Annual report on the Civil Veterinary Department, Burma (including the Insein Veterinary School) - 1910-1922
Year: 1910
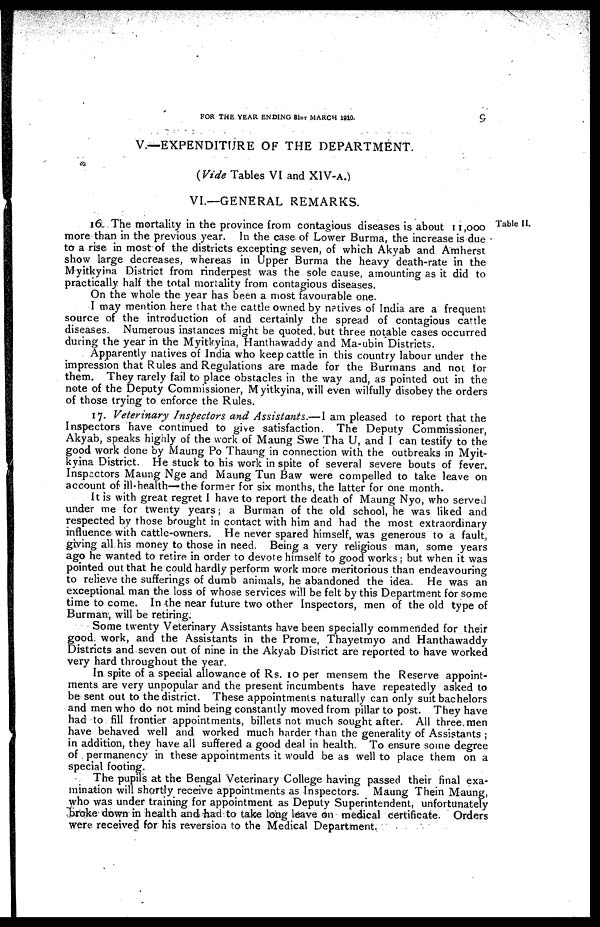
FOR THE YEAR ENDING 31ST MARCH 1910.
9
V.—EXPENDITURE OF THE DEPARTMENT.
(Vide Tables VI and XIV-A.)
VI.—GENERAL REMARKS.
16. The mortality in the province from contagious diseases is about 11,000
more than in the previous year. In the case of Lower Burma, the increase is due
to a rise in most of the districts excepting seven, of which Akyab and Amherst
show large decreases, whereas in Upper Burma the heavy death-rate in the
Myitkyina District from rinderpest was the sole cause, amounting as it did to
practically half the total mortality from contagious diseases.
On the whole the year has been a most favourable one.
I may mention here that the cattle owned by natives of India are a frequent
source of the introduction of and certainly the spread of contagious cattle
diseases. Numerous instances might be quoted, but three notable cases occurred
during the year in the Myitkyina, Hanthawaddy and Ma-ubin Districts.
Apparently natives of India who keep cattle in this country labour under the
impression that Rules and Regulations are made for the Burmans and not for
them. They rarely fail to place obstacles in the way and, as pointed out in the
note of the Deputy Commissioner, Myitkyina, will even wilfully disobey the orders
of those trying to enforce the Rules.
17. Veterinary Inspectors and Assistants.—I am pleased to report that the
Inspectors have continued to give satisfaction. The Deputy Commissioner,
Akyab, speaks highly of the work of Maung Swe Tha U, and I can testify to the
good work done by Maung Po Thaung in connection with the outbreaks in Myit-
kyina District. He stuck to his work in spite of several severe bouts of fever.
Inspectors Maung Nge and Maung Tun Baw were compelled to take leave on
account of ill-health—the former for six months, the latter for one month.
It is with great regret I have to report the death of Maung Nyo, who served
under me for twenty years; a Burman of the old school, he was liked and
respected by those brought in contact with him and had the most extraordinary
influence with cattle-owners. He never spared himself, was generous to a fault,
giving all his money to those in need. Being a very religious man, some years
ago he wanted to retire in order to devote himself to good works; but when it was
pointed out that he could hardly perform work more meritorious than endeavouring
to relieve the sufferings of dumb animals, he abandoned the idea. He was an
exceptional man the loss of whose services will be felt by this Department for some
time to come. In the near future two other Inspectors, men of the old type of
Burman, will be retiring.
Some twenty Veterinary Assistants have been specially commended for their
good work, and the Assistants in the Prome, Thayetmyo and Hanthawaddy
Districts and seven out of nine in the Akyab District are reported to have worked
very hard throughout the year.
In spite of a special allowance of Rs. 10 per mensem the Reserve appoint-
ments are very unpopular and the present incumbents have repeatedly asked to
be sent out to the district. These appointments naturally can only suit bachelors
and men who do not mind being constantly moved from pillar to post. They have
had to fill frontier appointments, billets not much sought after. All three men
have behaved well and worked much harder than the generality of Assistants ;
in addition, they have all suffered a good deal in health. To ensure some degree
of permanency in these appointments it would be as well to place them on a
special footing.
The pupils at the Bengal Veterinary College having passed their final exa-
mination will shortly receive appointments as Inspectors. Maung Thein Maung,
who was under training for appointment as Deputy Superintendent, unfortunately
broke down in health and had to take long leave on medical certificate. Orders
were received for his reversion to the Medical Department.